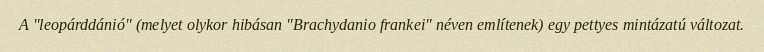
A "leopárddánió" (melyet olykor hibásan "Brachydanio frankei" néven említenek) egy pettyes mintázatú változat.